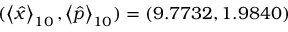
( \left< \hat { x } \right> _ { 1 0 } , \left< \hat { p } \right> _ { 1 0 } ) = ( 9 . 7 7 3 2 , 1 . 9 8 4 0 )